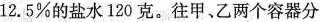
12.5%的盐水120克。往甲、乙两个容器分